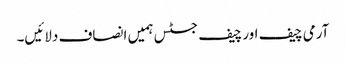
آرمی چیف اور چیف جسٹس ہمیں انصاف دلائیں۔